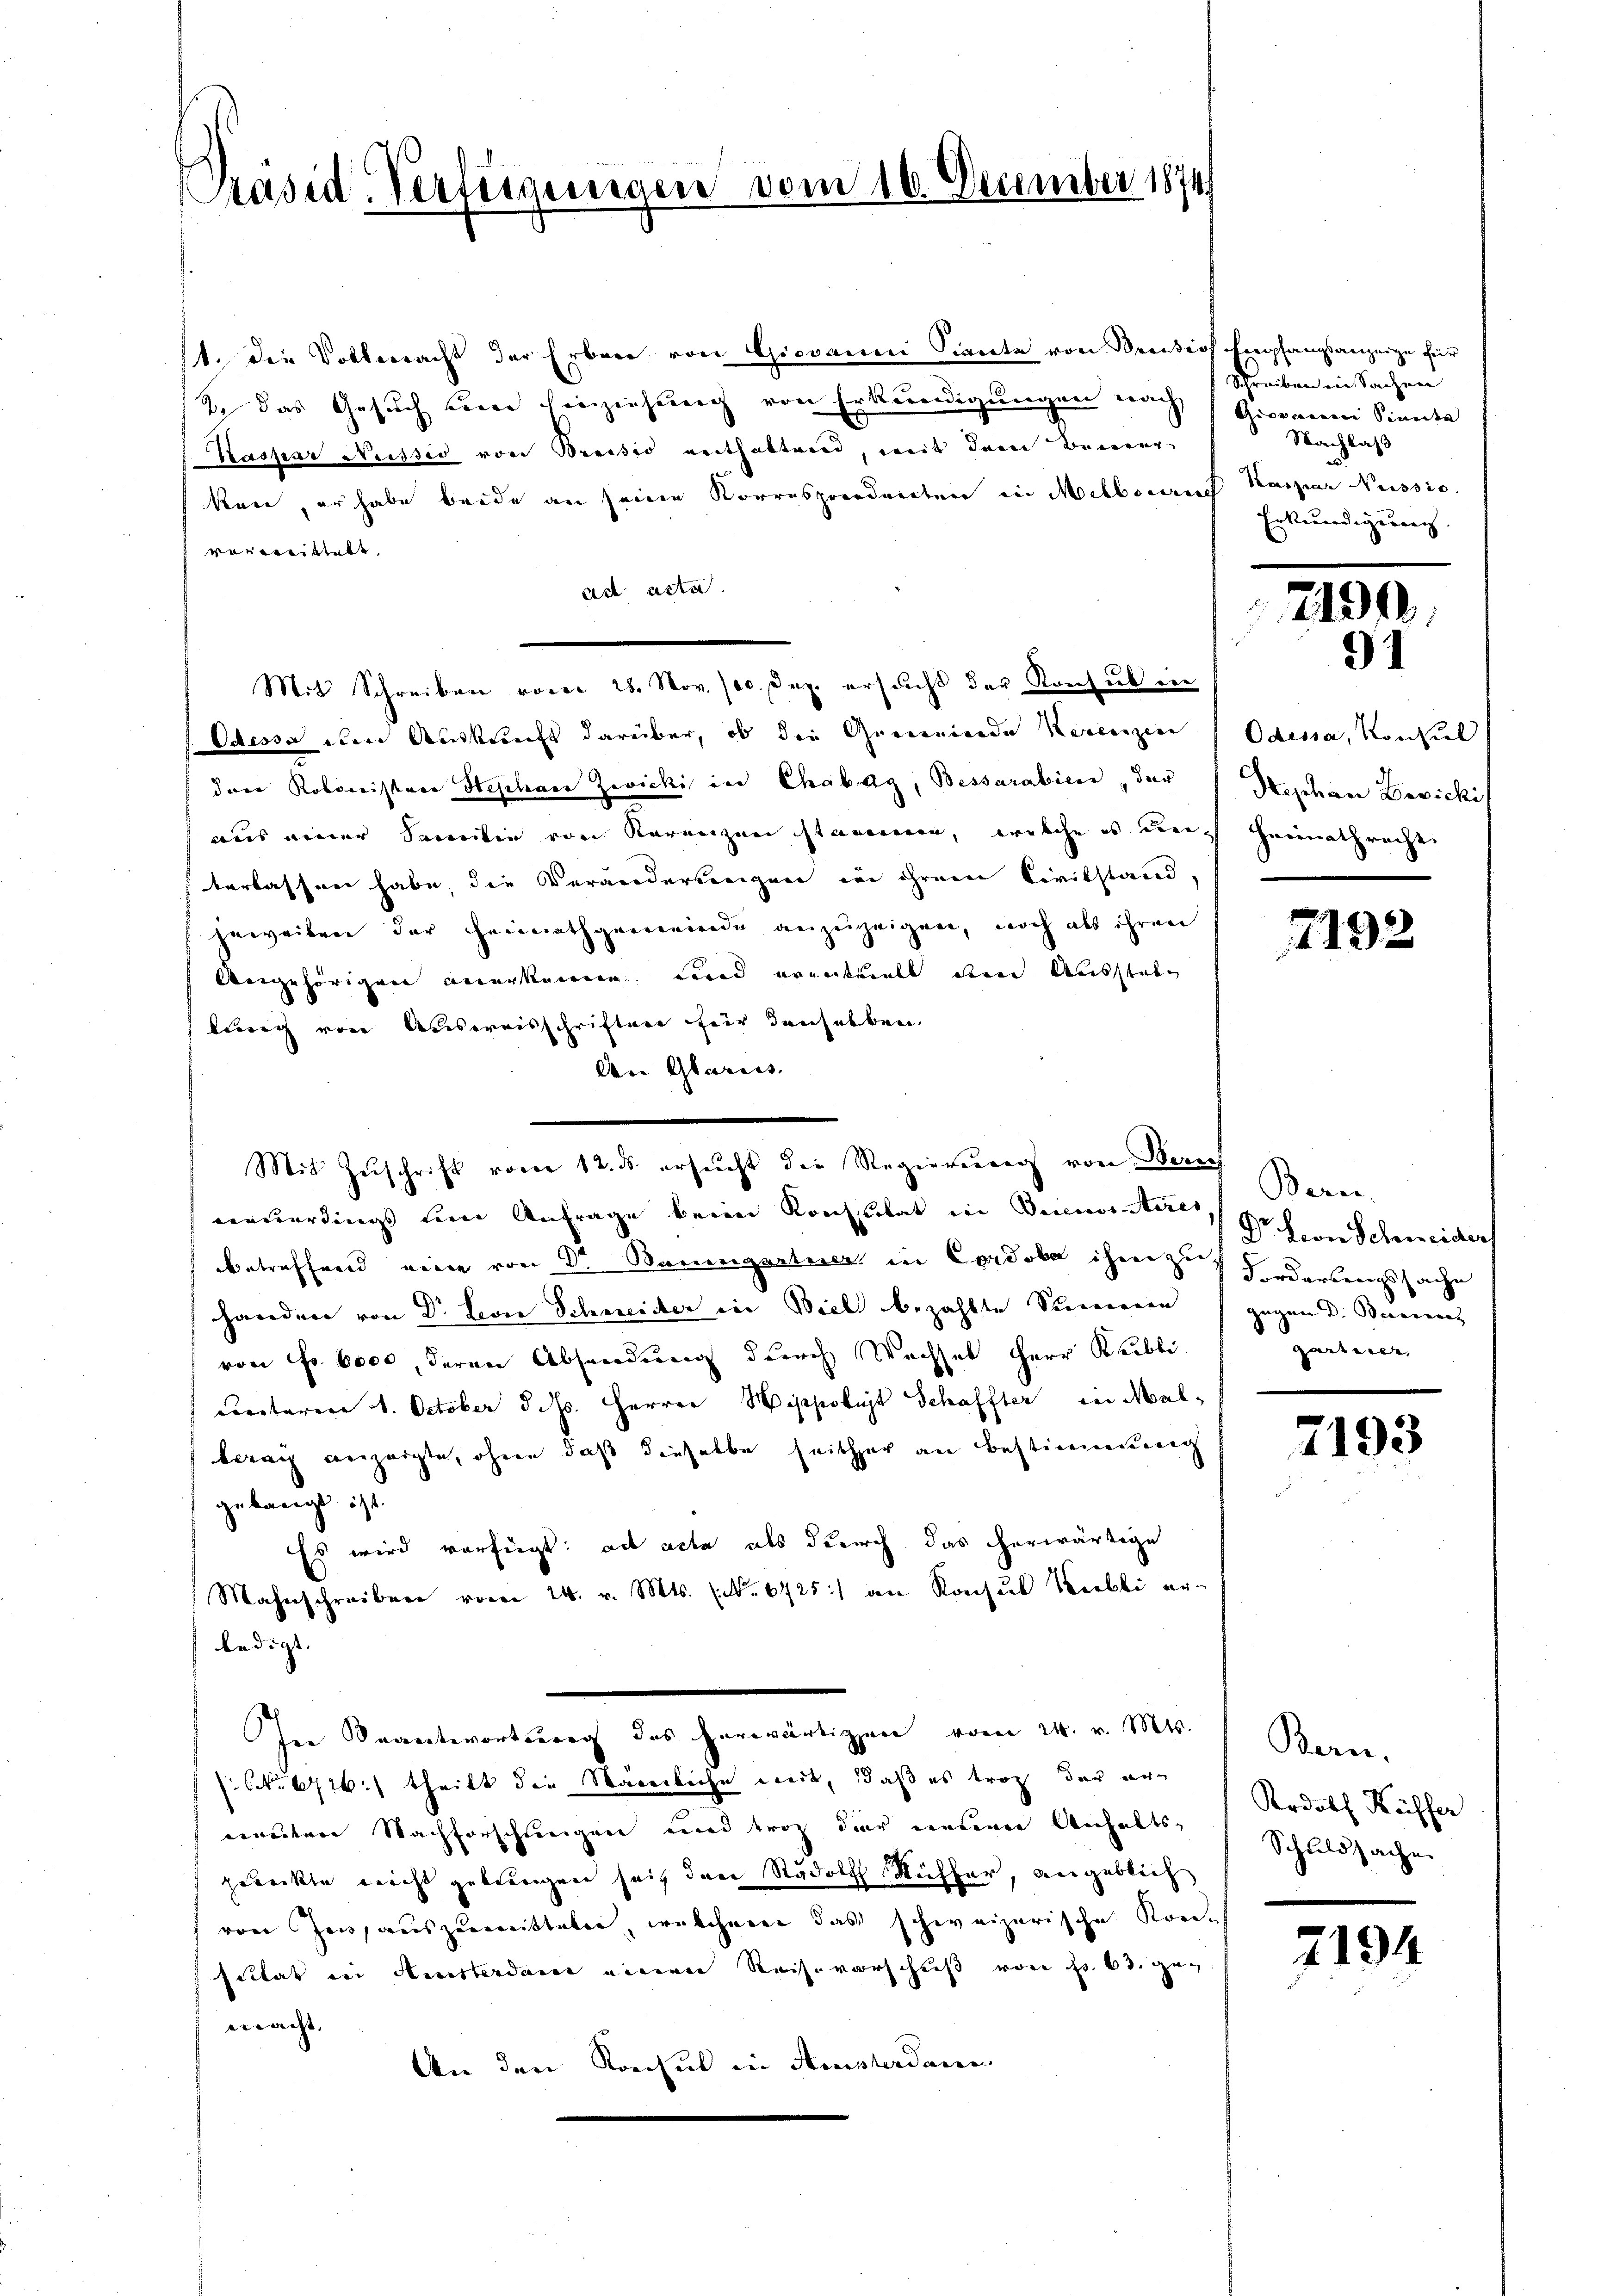
Präsid-Verfügungen vom 10. December 1874

11. die Vollmacht der Erben von Giovanni Siente von Breision Empfangsanzeige für
R. das Gesuch seine Einziehung von Erkundigungen nach
Kaspar Nessio von Breisis enthaltend, mit dem Bemer-
kan, er habe beide an seine Korresponderten in Melborn Kaspar Nussio
verweistett
ad acta
Mit Schreiben vom 28. Nov. 100. Dez. ersucht der Konsul in
Odessa den Auskunft darüber, ob die Gemeinde Kerenzen
drer Kolonistere Heschen Zwicki in Chabag, Bessarabien, der
aus einer Familie von Kurenzen stammen, welche es durch Heimathrecht
terlassen habe, die Verändertengen in ihrem Civilstand,
jeweiben der Heimathgemeinde anzuzeigen, noch als ihren
Angehörigen anerkennen und eventuell den Ausstabe
lurig von Ausweisschriften für denselben
An Glaruss.
neuerdings eine Anfrage beim Konstitat in Diensteres
betreffend eine von Dr Baumgartner in Cordobe ihm zur Forderungssache
handen von Dr. Leon Schneider in Biel bezahlte Steinen
von Fr. 6000, deren Absendung durch Wechsel Herr Keibliccrtaren 1. October d. Js. Herrer Hyppobit Schaffter in Malberang anzeigte, ohne daß dieselbe seither an Bestimmung
gebangt ist.
Es wird verfügt: ad acta als durch das erwärtige
Mahnschreiben vom 24. v. Mts. (Nr. 6725) an Konsul Kerbli er-
ledigt.
In Beantwortung des herwärtigen vom 24. v. Mts.
NNo. 6726) theilt die Sägerliche weit, daß es trop der erwenten Nachforschlingen und trotz der einderen Anhaltszureckte nicht geblingen seit den Rudolf Riffer, vergeblich
von Zensauszumitteler, welcherer das schweizerische Kon-
sittat in Amsterdan einen Reiseverschuß von No 63. geeeracht. |
An den Konsul in Amsterdan

Mit Zŭschrift vom 12. ds. ersŭcht die Regierung von Zürich

Schreiben in Sachen
Giovaren Sinnte
Nachlaß
Erkundigung

219

Odessa, Konsul
Stephan Devicki

7192

Bern.
Dr. Von Schweider
gegen Dr. Bernieres
gartiren,

7193

Bern.
Krdolf Küffer
Schuldsache

7194